Leaving Certificate Examination (including Day School Certificate (Higher) General paper), 1932
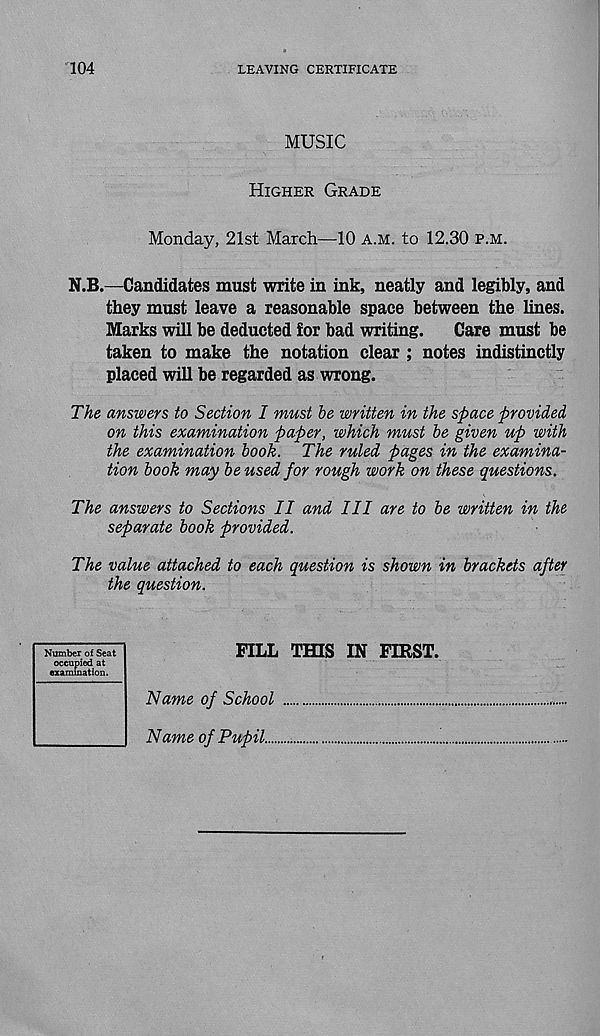
104
LEAVING CERTIFICATE
MUSIC
Higher Grade
Monday, 21st March—10 a.m. to 12.30 p.m.
N.B.—Candidates must write in ink, neatly and legibly, and
they must leave a reasonable space between the lines.
Marks will be deducted for bad writing.
Care must be
taken to make the notation clear ; notes indistinctly
placed will be regarded as wrong.
The answers to Section I must be written in the space provided
on this examination paper, which must be given up with
the examination book. The ruled pages in the examina-
tion book may be used for rough work on these questions.
The answers to Sections II and III are to be written in the
separate book provided.
The value attached to each question is shown in brackets after
the question.
FILL THIS IN FIRST.
Name of School
Name of Pupil....
Number of Seat
occupied at
examination.